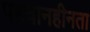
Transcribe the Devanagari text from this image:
पहचानहीनता